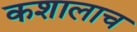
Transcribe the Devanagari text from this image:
कशालाच